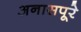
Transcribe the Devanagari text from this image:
अनासपूरे